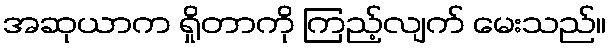
အဆုယာက ရှိုတာကို ကြည့်လျက် မေးသည်။